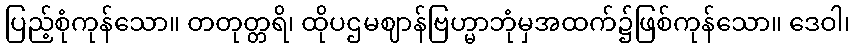
ပြည့်စုံကုန်သော။ တတုတ္တရိ၊ ထိုပဌမဈာန်ဗြဟ္မာဘုံမှအထက်၌ဖြစ်ကုန်သော။ ဒေဝါ၊